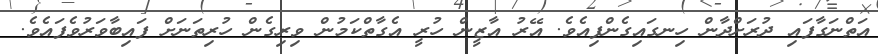
އަތްނަގާފައި ދުރަށްދާން ހިނގައިގެންފިއެވެ. އޭރު އާޒީން ހުރީ އެގާތްކަމުން ވިރިގެން ހުރިތަނަށް ފައިބާވަރުވެފައެވެ.